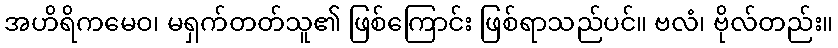
အဟိရိကမေဝ၊ မရှက်တတ်သူ၏ ဖြစ်ကြောင်း ဖြစ်ရာသည်ပင်။ ဗလံ၊ ဗိုလ်တည်း။